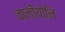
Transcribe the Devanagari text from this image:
वालीयोनि